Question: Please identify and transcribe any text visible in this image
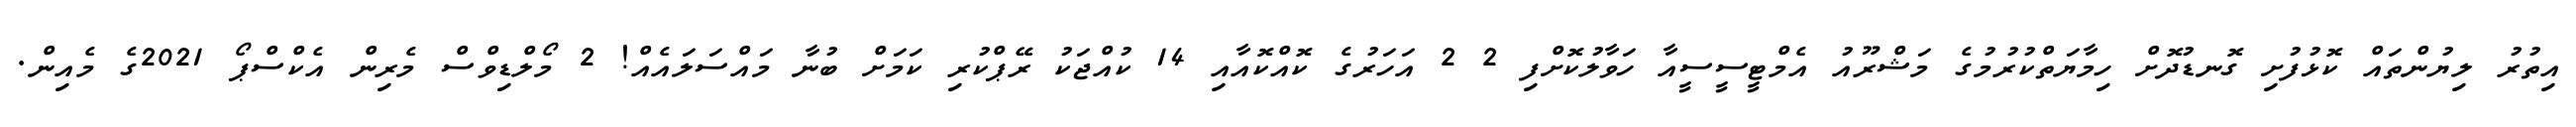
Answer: އިތުރު ލިޔުންތައް ކޮޅުފުށި ގޮނޑުދޮށް ހިމާޔަތްކުރުމުގެ މަޝްރޫއު އެމްޓީސީސީއާ ހަވާލުކޮށްފި 2 2 އަހަރުގެ ކޮއްކޮއާއި 14 ކުއްޖަކު ރޭޕްކުރި ކަމަށް ބުނާ މައްސަލައެއް! 2 މޯލްޑިވްސް މެރިން އެކްސްޕޯ 2021ގެ މެއިން.